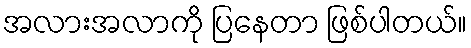
အလားအလာကို ပြနေတာ ဖြစ်ပါတယ်။